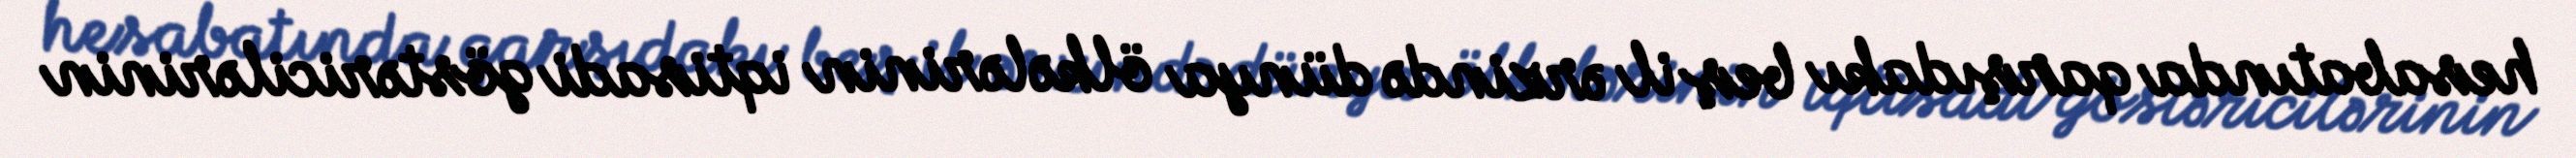
hesabatında qarşıdakı beş il ərzində dünya ölkələrinin iqtisadi göstəricilərinin